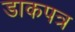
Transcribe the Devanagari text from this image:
डाकपत्र